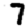
Digit: 7